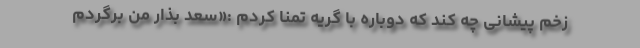
زخم پیشانی چه کند که دوباره با گریه تمنا کردم :«سعد بذار من برگردم